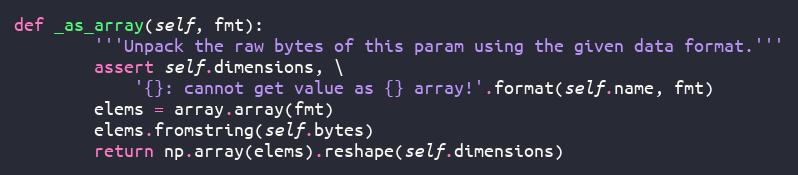
Language: Python
def _as_array(self, fmt):
        '''Unpack the raw bytes of this param using the given data format.'''
        assert self.dimensions, \
            '{}: cannot get value as {} array!'.format(self.name, fmt)
        elems = array.array(fmt)
        elems.fromstring(self.bytes)
        return np.array(elems).reshape(self.dimensions)